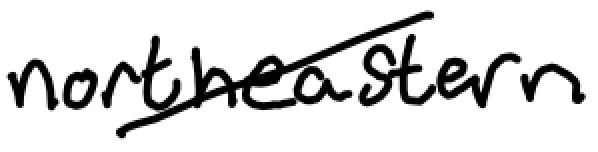
Text: northeastern
Cross-out: diagonal
Writing tool: digital_black